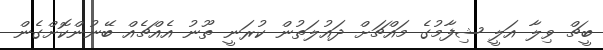
ބީޗް ވިލާ އަލީ ޝިފާމުގެ މައްޗަށް ދައުލަތުން ކުރަނީ ތޫނު އެއްޗެއް ބޭނުންކޮށްގެން